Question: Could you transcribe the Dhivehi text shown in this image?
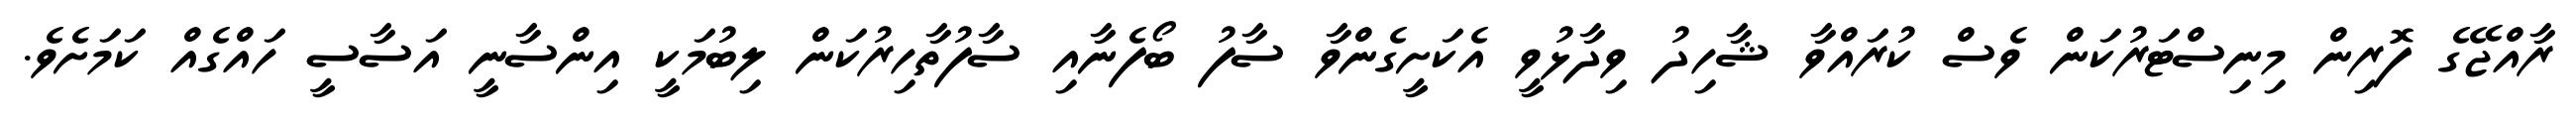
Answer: ރާއްޖޭގެ ފޮރިން މިނިސްޓަރުކަން ވެސް ކުރައްވާ ޝާހިދު ވިދާޅުވީ އެކަށީގެންވާ ސާފު ބޯފެނާއި ސާފުތާހިރުކަން ލިބުމަކީ އިންސާނީ އަސާސީ ހައްގެއް ކަމަށެވެ.